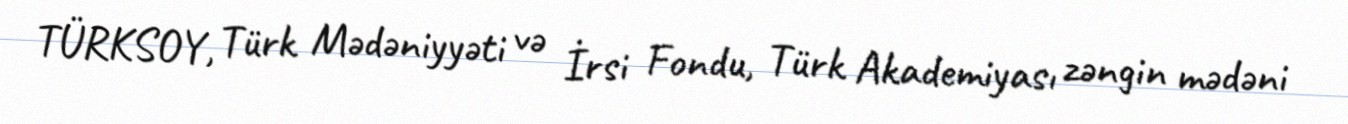
TÜRKSOY, Türk Mədəniyyəti və İrsi Fondu, Türk Akademiyası zəngin mədəni